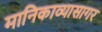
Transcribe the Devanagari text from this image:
मानिकाव्यासागर